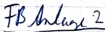
Text: FB Anlage 2